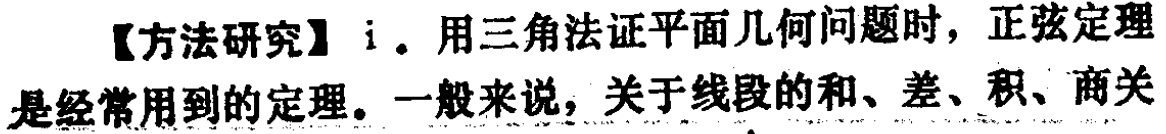
【方法研究】i. 用三角法证平面几何问题时，正弦定理是经常用到的定理。一般来说，关于线段的和、差、积、商关